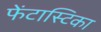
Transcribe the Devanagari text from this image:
फेंटास्टिका